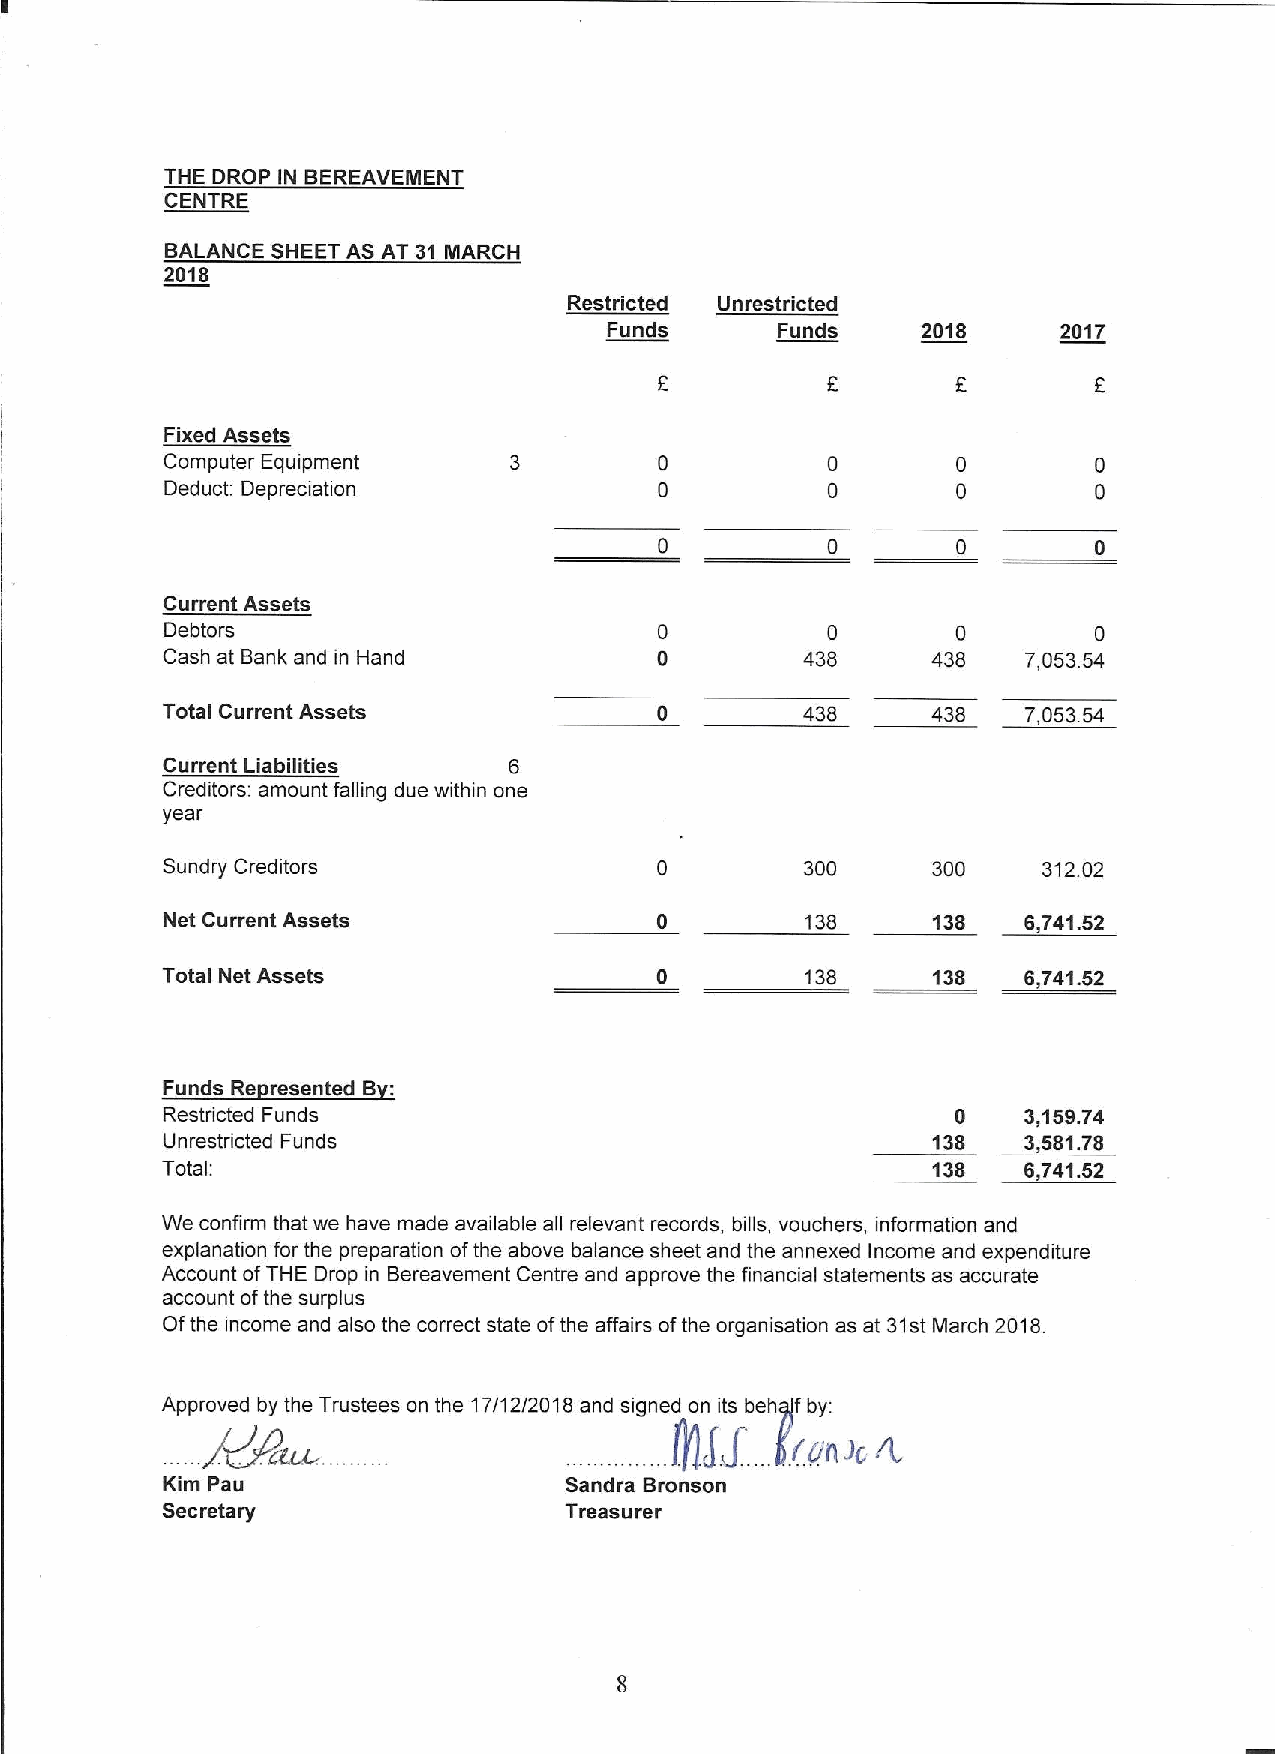
THE DROP IN BEREAVEMENT
 CENTRE
 BALANCE SHEET AS AT 31 MARCH
 2018
 Restricted Unrestricted
 Funds      Funds     2018     2017
 Fixed Assets
 Computer Equipment
 Deduct: Depreciation
 Current Assets
 Debtors                                     0       0        0
 Cash at Bank and in Hand                  438      438   7,053.54
 Total Current Assets                      438      438   7,053.54
 Current Liabilities    6
 Creditors: amount falling due within one
 year
 Sundry Creditors                          300      300    312.02
 Net Current Assets                        138      138   6,741.52
 Total Net Assets                          138      138   6,741.52
 Funds Re resented B
 Restricted Funds                                    0    3,159.74
 Unrestricted Funds                                 138   3,581.78
 Total:                                             138   6,741.52
 We confirm that we have made available all relevant records, bills, vouchers, information and
 explanation for the preparation ofthe above balance sheet and the annexed Income and expenditure
 Account ofTHE Drop in Bereavement Centre and approve the financial statements as accurate
 account ofthe surplus
 Ofthe income and also the correct state ofthe affairs ofthe organisation as at 31stMarch 2018
 Approved by the Trustees on the 17/12/2018 and signed on its behyjf by:
 JdP~                           fgJ            .
 lit fJfl Jr, '.
 n. .
 Kim Pau                   Sandra Bronson
 Secretary                 Treasurer